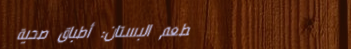
مطعم البستان: أطباق صحية